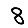
Digit: 8